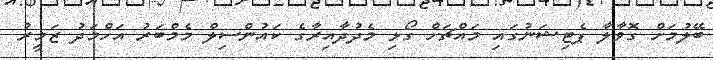
ބޭލުމަށް ގޮވާލާ ޕެޓިޝަނުގައި މައްޗަށް ގޯޅި މެދުދާއިރާގެ ކައުންސިލް މެމްބަރު އަހްމަދު ޒަމީރު